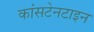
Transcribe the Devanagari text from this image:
कांसटेनटाइन